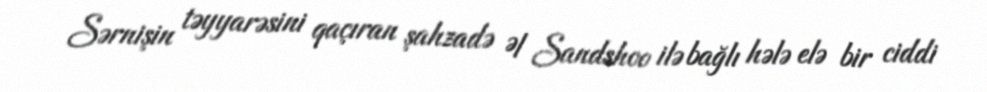
Sərnişin təyyarəsini qaçıran şahzadə Əl Sandshoo ilə bağlı hələ elə bir ciddi